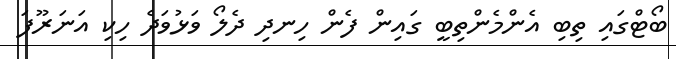
ބޯޓްގައި ތިބި އެންމެންތިބީ ގައިން ފެން ހިނދި ދެލޯ ވަޅުވަދެ ހިކި އަނަރޫފަ